system: You are a helpful assistant.
user:
Analyze the provided spectrum to determine if it is a **M-type Giant (gM)**.

A M-type Giant spectrum is defined by its **strong molecular absorption** features, particularly from **Titanium Oxide (TiO)**. You must check for one of the following mutually exclusive signatures:

- **Key Visual Indicators (Absorption-Dominated Spectrum):**

    - **(Primary):** The spectrum is dominated by strong molecular absorption from **Titanium Oxide (TiO)**. This is the **defining feature** of its M-type temperature class.
        - **(Key Bandheads):** Look for sharp, "saw-tooth" absorption valleys. The strongest are located near **~7050 Å**, **~6160 Å**, and **~5170 Å**.
        - **(Line Profile):** The "saw-tooth" morphology is critical: a **sharp, steep drop on the BLUE (short-wavelength) side** of the bandhead, followed by a gradual recovery (rising flux) towards the RED (long-wavelength) side.

    - **(Key Confirmation - Giant vs. Dwarf):** **ABSENCE** of strong **Calcium Hydride (CaH)** molecular bands. This is the primary diagnostic for *excluding* M-dwarfs.
        - **(Key Region):** The spectrum should lack the strong, broad absorption band seen in dwarfs between **~6800 Å and ~7000 Å**.

    - **(Secondary Confirmation - Giant):** A very strong and broad **Neutral Calcium (Ca I)** atomic absorption line.
        - **(Key Line):** Located at **~4226 Å**. In a giant (gM), this line is significantly deeper and broader than the same line in an M-dwarf (dM) due to low surface gravity.

    - **(Overall Spectrum):**
        - The continuum is **extremely red-sloping** (i.e., flux is very low in the blue and rises dramatically towards the red).
        - The entire spectrum appears "chopped up" by the deep TiO bands.

Think first, call **spectral_visualization_tool** if needed to examine features in detail, then provide your final answer. Your response must adhere to the following strict rules:
1.  **Overall Structure:** Your response must follow the format `<think>...</think> <tool_call>...</tool_call> (if a tool is used) <answer>...</answer>`.
2.  **Tool Usage Constraint:** You may only make **one** tool call per turn.
3.  **Final Answer Format:** In the `<answer>` tag, your conclusion must be inside a `\boxed{}` command (e.g., `\boxed{YES}` or `\boxed{NO}`), followed by your justification.

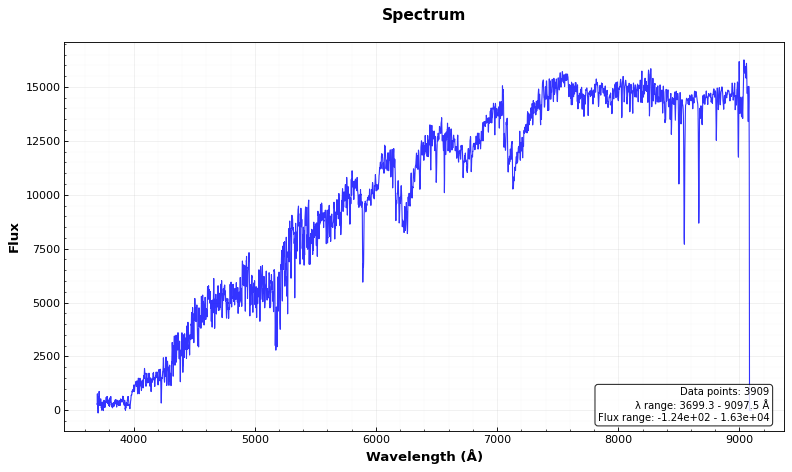
Answer: YES